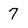
Character: 7